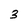
Character: 3